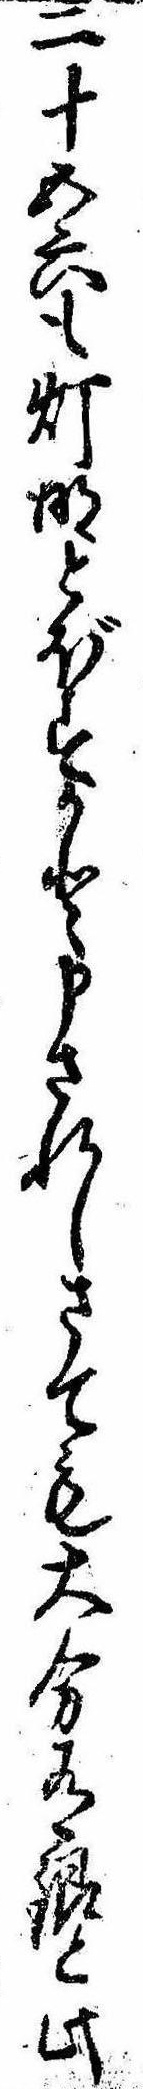
二十五六も灯明とぼすかと申されしさても大分有銀と此